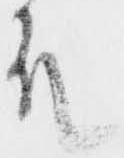
殿